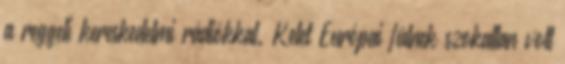
a reggeli kereskedelmi rádiókkal. Kelet Európai fülnek szokatlan volt